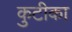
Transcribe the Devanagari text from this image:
कुटीका